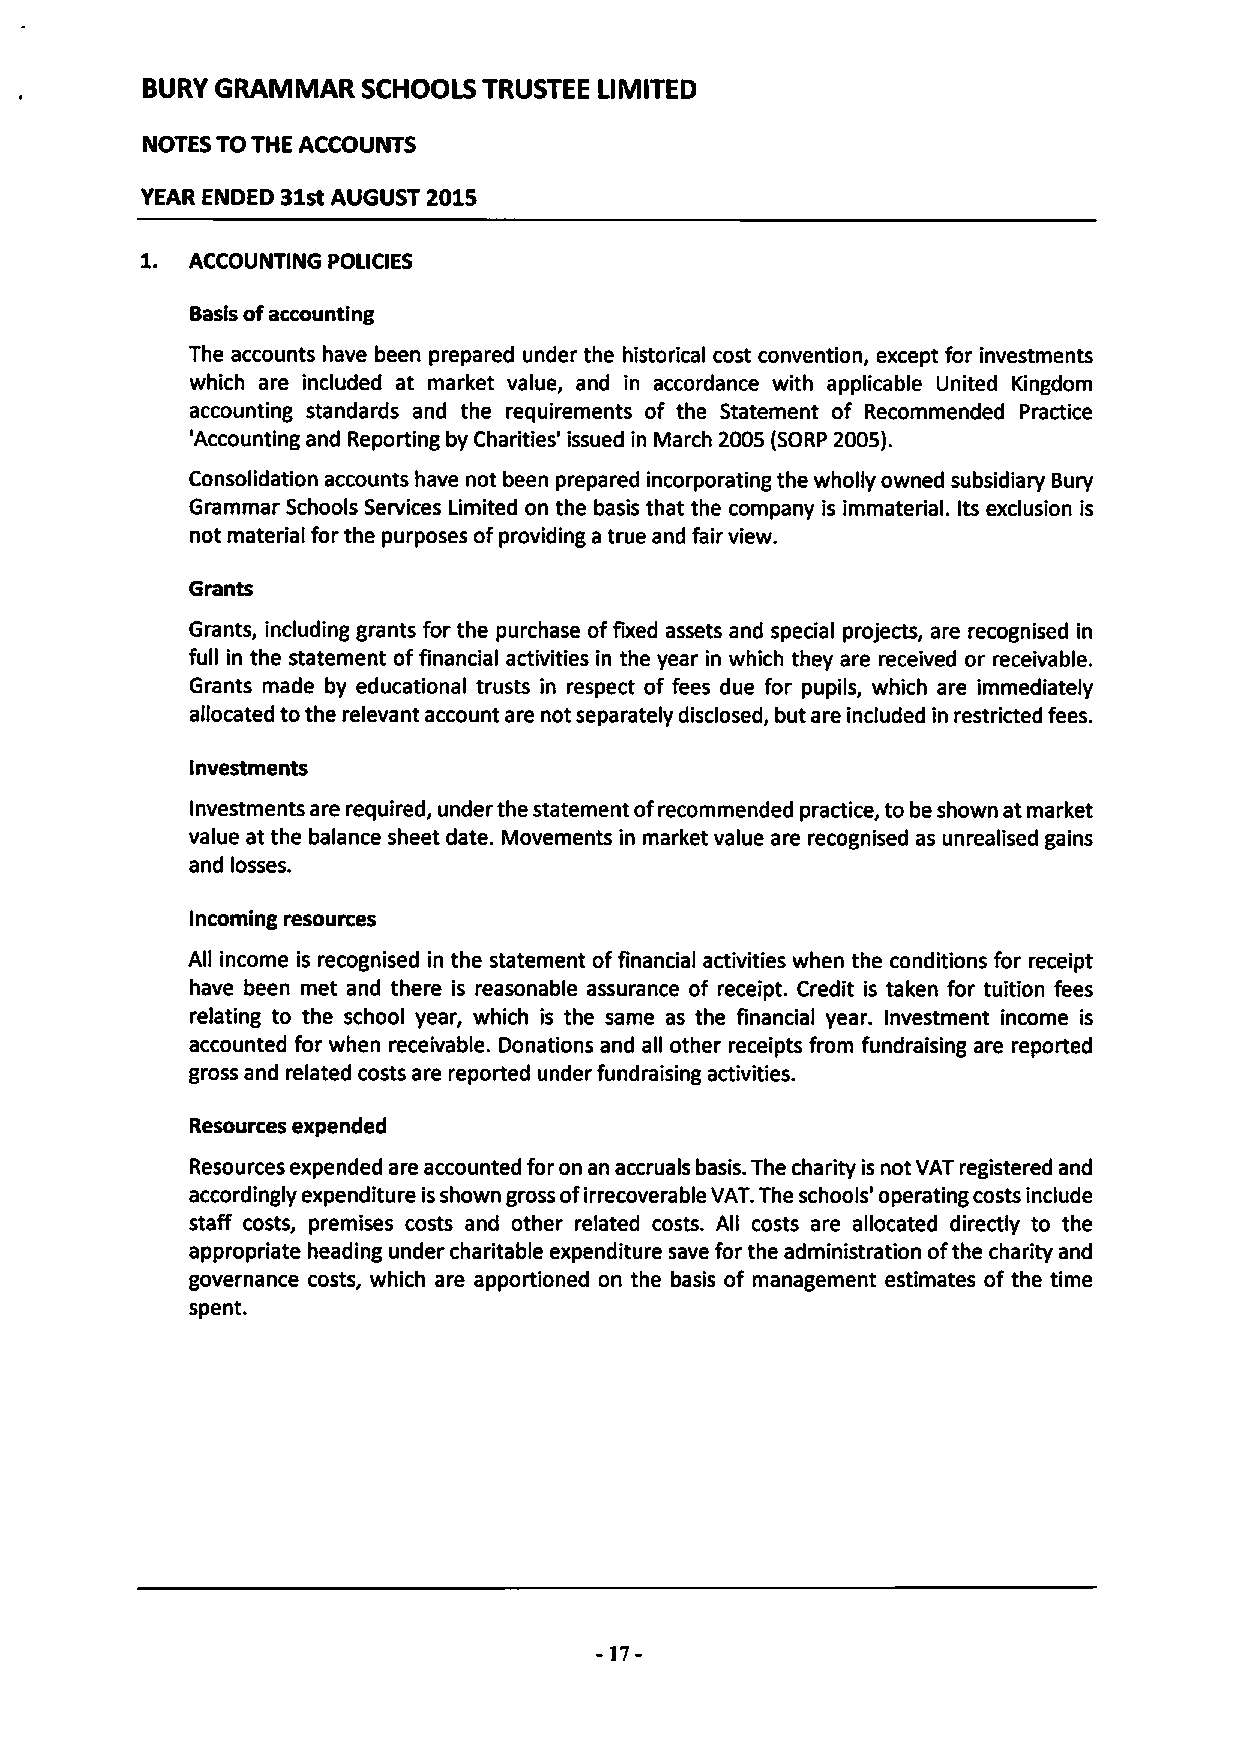
BURY GRAMMAR   SCHOOLS TRUSTEE LIMITED
 NOTES TO THE ACCOUNTS
 YEAR ENDED 31stAUGUST 2015
 1.
 ACCOUNTING POI.ICIES
 Basis ofaccounting
 The accounts have been prepared under the historical cost convention, except for investments
 which are included at market value, and in accordance with applicable United Kingdom
 accounting standards and the requirements of the Statement of Recommended Practice
 'Accounting and Reporting by Charities' issued in March 2005 (SORP 2005).
 Consolidation accounts have not been prepared incorporating the wholly owned subsidiary Bury
 Grammar Schools Services Limited on the basis that the company is immaterial. Its exclusion is
 not material for the purposes ofproviding a true and fair view.
 Grants
 Grants, including grants for the purchase offixed assets and special projects, are recognised in
 full in the statement offinancial activities in the year in which they are received or receivable.
 Grants made by educational trusts in respect of fees due for pupils, which are immediately
 allocated to the relevant account are not separately disclosed, but are included in restricted fees.
 Investments
 Investments are required, under the statement ofrecommended practice, to be shown at market
 value at the balance sheet date. Movements in market value are recognised as unrealised gains
 and losses.
 Incoming resources
 All income is recognised in the statement offinancial activities when the conditions for receipt
 have been met and there is reasonable assurance of receipt. Credit is taken for tuition fees
 relating to the school year, which is the same as the financial year. Investment income is
 accounted for when receivable. Donations and all other receipts from fundraising are reported
 gross and related costs are reported under fundraising activities.
 Resources expended
 Resources expended are accounted for on an accruals basis. The charity is not VAT registered and
 accordingly expenditure isshown gross ofirrecoverable VAT.The schools' operating costs include
 staff costs, premises costs and other related costs. All costs are allocated directly to the
 appropriate heading under charitable expenditure save for the administration ofthe charity and
 governance costs, which are apportioned on the basis of management estimates of the time
 spent.
 -17-